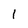
Character: l